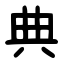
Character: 典